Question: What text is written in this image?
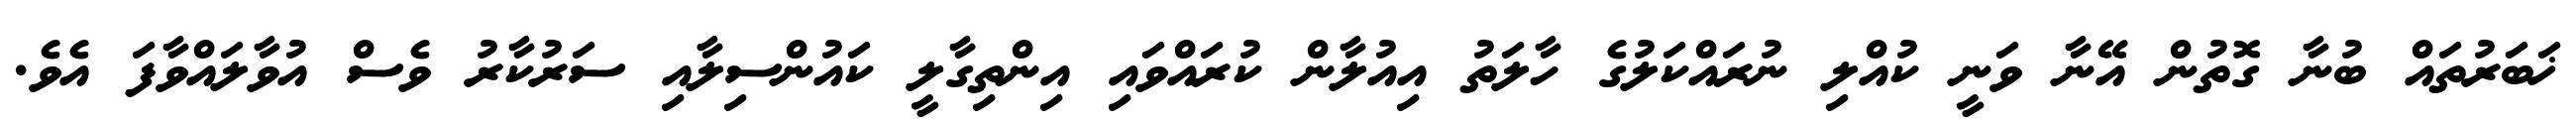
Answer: ޚަބަރުތައް ބުނާ ގޮތުން އޭނާ ވަނީ ކުއްލި ނުރައްކަލުގެ ހާލަތު އިއުލާން ކުރައްވައި އިންތިގާލީ ކައުންސިލާއި ސަރުކާރު ވެސް އުވާލައްވާފަ އެވެ.